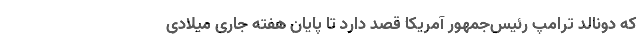
که دونالد ترامپ رئیس‌جمهور آمریکا قصد دارد تا پایان هفته جاری میلادی